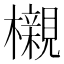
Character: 櫬